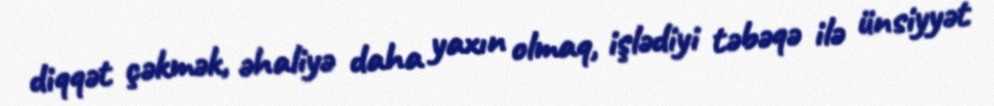
diqqət çəkmək, əhaliyə daha yaxın olmaq, işlədiyi təbəqə ilə ünsiyyət